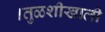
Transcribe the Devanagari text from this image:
।तुळशीखाली